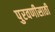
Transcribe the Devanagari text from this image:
पुरवणीसाठी